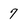
Character: 7